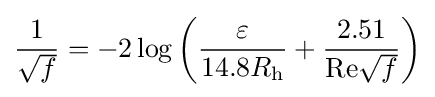
{\frac {1}{\sqrt {f}}}=-2\log \left({\frac {\varepsilon }{14.8R_{\mathrm {h} }}}+{\frac {2.51}{\mathrm {Re} {\sqrt {f}}}}\right)